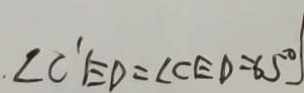
\angle C ^ { \prime } E D = \angle C E D = 6 5 ^ { \circ }